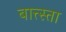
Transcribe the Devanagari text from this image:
बात्त्स्ता